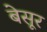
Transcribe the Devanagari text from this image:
बेसूर